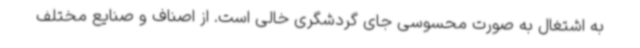
به اشتغال به صورت محسوسی جای گردشگری خالی است. از اصناف و صنایع مختلف